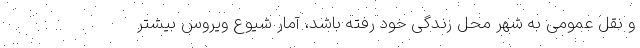
و نقل عمومی به شهر محل زندگی خود رفته باشد، آمار شیوع ویروس بیشتر